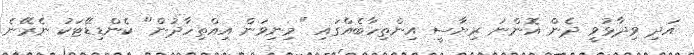
އަދި ވިދާޅުވީ ދެން އޮންނަ ރިޔާސީ އިންތިހާބެއްގައި "މިނިވަން އިއްތިހާދުން" ކެންޑިޑޭޓަކު ނެރޭނެ